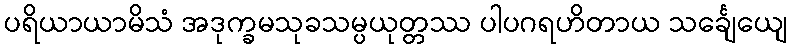
ပရိယာယာမိသံ အဒုက္ခမသုခသမ္ပယုတ္တဿ ပါပဂရဟိတာယ သင်္ချေယျေ